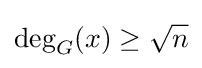
\deg _{G}(x)\geq {\sqrt {n}}